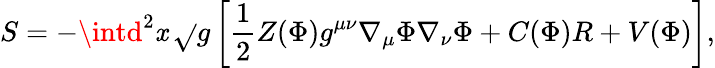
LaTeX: S=-\intd^{2}\mathit{x}\, \sqrt{}{{g}}\left[{\frac{{1}}{{2}}}Z(\Phi)g^{\mu\nu}\nabla_{\mu}\Phi\nabla_{\nu}\Phi+C(\Phi)R+V(\Phi)\right],